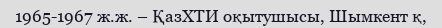
1965-1967 ж.ж. – ҚазХТИ оқытушысы, Шымкент қ,